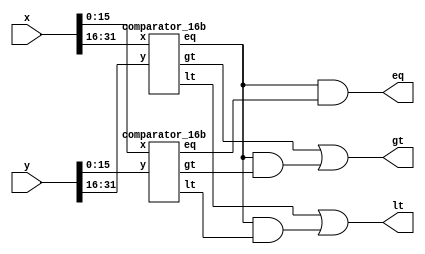
//32b comparator
module comparator_32b(x,y,eq,lt,gt);
input [31:0] x,y;
output eq,lt,gt;
wire w1,w2,w3,w4,w5,w6;
comparator_16b g1(x[15:0],y[15:0],w1,w2,w3);
comparator_16b g2(x[31:16],y[31:16],w4,w5,w6);
assign eq = (w4&w1);
assign lt = w5 | (w4&w2);
assign gt = w6 | (w4&w3);
endmodule
//16b comparator
module comparator_16b(x,y,eq,lt,gt);
input [15:0] x,y;
output eq,lt,gt;
wire w1,w2,w3,w4,w5,w6;
comparator_8b g1(x[7:0],y[7:0],w1,w2,w3);
comparator_8b g2(x[15:8],y[15:8],w4,w5,w6);
assign eq = (w4&w1);
assign lt = w5 | (w4&w2);
assign gt = w6 | (w4&w3);
endmodule
//8 Bit magnitude comparator(VERIFIED ON EDA PLAYGROUND AS WORKING)

module comparator_8b(x,y,eq,lt,gt);
	input [7:0] x,y;
	output eq,lt,gt;
	
	wire[7:0] xn,yn;
	assign xn = ~x;
	assign yn = ~y;
	wire eq0, eq1,eq2,eq3,eq4, eq5, eq6, eq7;
	wire gt0, gt1, gt2, gt3, gt4, gt5, gt6, gt7;
	wire lt0, lt1, lt2, lt3, lt4, lt5, lt6, lt7;
	//A=B
	xnor g0(eq0,x[0],y[0]);
	xnor g1(eq1,x[1],y[1]);
	xnor g2(eq2,x[2],y[2]);
	xnor g3(eq3,x[3],y[3]);
	xnor g4(eq4,x[4],y[4]);
	xnor g5(eq5,x[5],y[5]);
	xnor g6(eq6,x[6],y[6]);
	xnor g7(eq7,x[7],y[7]);
	and8 g8(eq,eq0,eq1,eq2,eq3,eq4,eq5,eq6,eq7);
	/*A>B Cases: (A7=1 and B7=0), (A7=B7 and A6=1 and B6=0), (A7=B7 A6=B6 A5=1 and B5=0), (A7=B7 A6=B6 A5=B5 A4=1 B4=0)
	 (A7=B7 A6=B6 A5=B5 A4=B4 and A3=1 B3=0), (A7=B7 A6=B6 A5=B5 A4=B4 A3=B3 and A2=1 B2=0),( A7=B7 A6=B6 A5=B5 A4=B4 A3=B3 A2=B2 and A1=1 B1=0)
	(A7=B7 A6=B6 A5=B5 A4=B4 A3=B3 A2=B2 A1=B1 and A1=1 B1=0)
	*/
	and g9(gt7, x[7],yn[7]);
	and3 g10(gt6, eq7,x[6],yn[6]);
	and4 g11(gt5, eq7, eq6, x[5], yn[5]);
	and5 g12(gt4, eq7, eq6, eq5, x[4], yn[4]);
	and6 g13(gt3, eq7, eq6, eq5, eq4, x[3], yn[3]);
	and7 g14(gt2, eq7, eq6, eq5, eq4, eq3, x[2], yn[2]);
	and8 g15(gt1, eq7, eq6, eq5, eq4, eq3, eq2,x[1], yn[1]);
	and9 g16(gt0, eq7, eq6, eq5, eq4, eq3, eq2, eq1, x[0], yn[0]);
	or8 g17(gt,gt0,gt1,gt2,gt3,gt4,gt5,gt6,gt7);
	//A<B is the same as A>B, but swap all x refs to xn and yn refs to y:
	and g18(lt7, xn[7],y[7]);
	and3 g19(lt6, eq7,xn[6],y[6]);
	and4 g20(lt5, eq7, eq6, xn[5], y[5]);
	and5 g21(lt4, eq7, eq6, eq5, xn[4], y[4]);
	and6 g22(lt3, eq7, eq6, eq5, eq4, xn[3], y[3]);
	and7 g23(lt2, eq7, eq6, eq5, eq4, eq3, xn[2], y[2]);
	and8 g24(lt1, eq7, eq6, eq5, eq4, eq3, eq2,xn[1], y[1]);
	and9 g25(lt0, eq7, eq6, eq5, eq4, eq3, eq2, eq1, xn[0], y[0]);
	or8 g26(lt,lt0,lt1,lt2,lt3,lt4,lt5,lt6,lt7);
endmodule

//Sinlgle Bit Magnitude Comparator(VERIFIED USING EDA PLAYGROUND)
module CMP(a,b,eq, lt, gt);
	input a,b;
	output eq, lt, gt;
	
	wire an;
	wire bn;
  	wire w;
  	wire z;
	
	not g1(an,a);
	not g2(bn,b);
  	and g3(w,a,b);
  	and g4(z,an,bn);
    or g5(eq,w,z);
	and g7(lt,an,b);
	and g8(gt,a,bn);
endmodule
//9 input AND
module and9(w,a,b,c,d,e,f,g,h,i);
	input a,b,c,d,e,f,g,h,i;
	output w;
	assign w = a & b & c & d & e & f & g & h& i;
endmodule
//8 input AND
module and8(w,a,b,c,d,e,f,g,h);
	input a,b,c,d,e,f,g,h;
	output w;
	assign w = a & b & c & d & e & f & g & h;
endmodule
//7 input AND
module and7(w,a,b,c,d,e,f,g);
	input a,b,c,d,e,f,g;
	output w;
	assign w = a & b & c & d & e & f & g;
endmodule
//6 input AND
module and6(w,a,b,c,d,e,f);
	input a,b,c,d,e,f;
	output w;
	assign w = a & b & c & d & e & f;
endmodule
//5 input AND
module and5(w,a,b,c,d,e);
	input a,b,c,d,e;
	output w;
	assign w = a & b & c & d & e;
endmodule
//4 input AND
module and4(w,a,b,c,d);
	input a,b,c,d;
	output w;
	assign w = a & b & c & d;
endmodule
//3 input AND
module and3(w,a,b,c);
	input a,b,c;
	output w;
	assign w = a & b & c;
endmodule

module or8(w,a,b,c,d,e,f,g,h);
	input a,b,c,d,e,f,g,h;
	output w;
	assign w = a|b|c|d|e|f|g|h;
endmodule
/*
module tbCMP();
  reg a,b;
  wire eq,lt,gt;
  
  CMP UUT(a,b,eq,lt,gt);
  
  initial
    begin
      $dumpfile("dump.vcd");
      $dumpvars(1);
      a=0;b=0;
      #10;
      a=0;b=1;
      #10;
      a=1;b=0;
      #10;
      a=1;b=1;
      #10;
      a=0;b=0;
      #10;
    end
endmodule
*/
/*
module tb8BComp();
	reg [7:0] x,y;
	wire eq,lt,gt;
	comparator UUT(x,y,eq,lt,gt);
	initial
		begin
		$dumpfile("dump.vcd");
		$dumpvars(1);
		x = 8'b00000000; y = 8'b00000000;
		#20;
		x = 8'b00000001; y = 8'b00000000;
		#20;
		x = 8'b00000000; y = 8'b00000001;
		#20;
		x = 8'b00000000; y = 8'b00000000;
		#20;
		*/